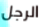
الرجل